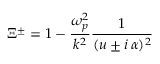
\Xi ^ { \pm } = 1 - \frac { \omega _ { p } ^ { 2 } } { k ^ { 2 } } \frac { 1 } { ( u \pm i \, \alpha ) ^ { 2 } }